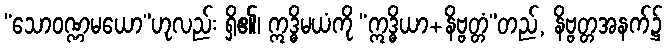
“သောဝဏ္ဏမယော”ဟုလည်း ရှိ၏၊ ဣဒ္ဓိမယံကို “ဣဒ္ဓိယာ+နိဗ္ဗတ္တံ”တည်, နိဗ္ဗတ္တအနက်၌